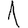
Digit: 1